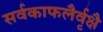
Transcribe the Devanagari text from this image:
सर्वकाफलैर्वृक्षै